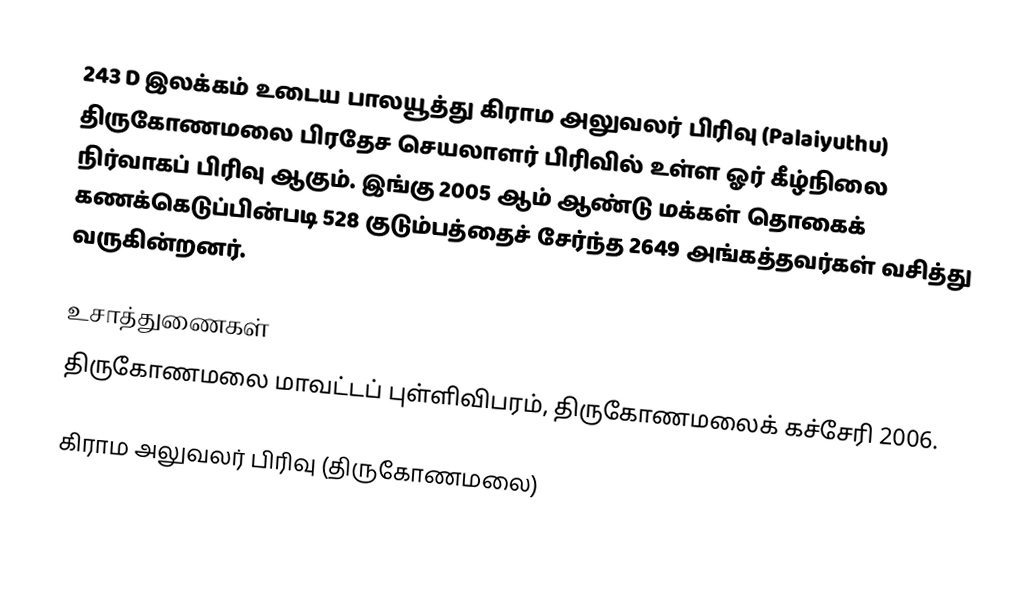
243 D இலக்கம்  உடைய பாலயூத்து கிராம அலுவலர் பிரிவு  (Palaiyuthu) திருகோணமலை பிரதேச செயலாளர் பிரிவில் உள்ள ஓர் கீழ்நிலை நிர்வாகப் பிரிவு ஆகும். இங்கு 2005 ஆம் ஆண்டு மக்கள் தொகைக் கணக்கெடுப்பின்படி 528 குடும்பத்தைச் சேர்ந்த 2649 அங்கத்தவர்கள் வசித்து வருகின்றனர்.

உசாத்துணைகள்
திருகோணமலை மாவட்டப் புள்ளிவிபரம், திருகோணமலைக் கச்சேரி 2006.

கிராம அலுவலர் பிரிவு (திருகோணமலை)